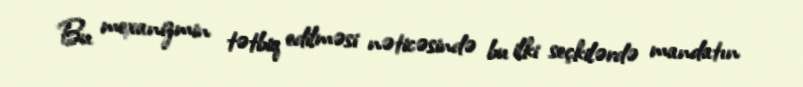
Bu mexanizmin tətbiq edilməsi nəticəsində bu ilki seçkilərdə mandatın